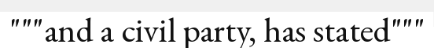
"""and a civil party, has stated"""